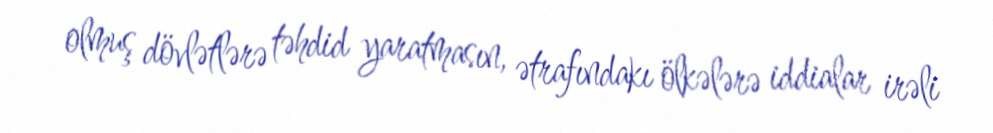
olmuş dövlətlərə təhdid yaratmasın, ətrafındakı ölkələrə iddialar irəli